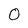
Character: 0